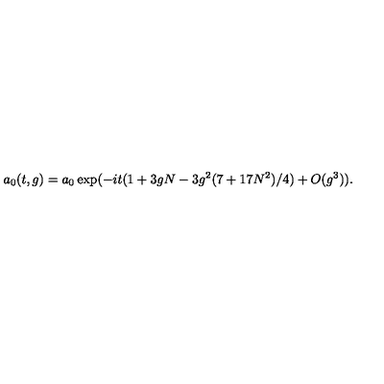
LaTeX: a _ { 0 } ( t , g ) = a _ { 0 } \exp ( - i t ( 1 + 3 g N - 3 g ^ { 2 } ( 7 + 1 7 N ^ { 2 } ) / 4 ) + O ( g ^ { 3 } ) ) .